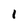
Character: 1